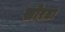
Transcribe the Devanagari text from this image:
खोरता